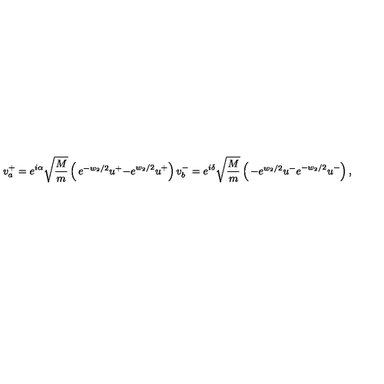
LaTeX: v _ { a } ^ { + } = e ^ { i \alpha } \sqrt { \frac { M } { m } } \left( \begin{matrix} { e ^ { - w _ { 2 } / 2 } u ^ { + } } \\ { - e ^ { w _ { 2 } / 2 } u ^ { + } } \\ \end{matrix} \right) v _ { b } ^ { - } = e ^ { i \delta } \sqrt { \frac { M } { m } } \left( \begin{matrix} { - e ^ { w _ { 2 } / 2 } u ^ { - } } \\ { e ^ { - w _ { 2 } / 2 } u ^ { - } } \\ \end{matrix} \right) ,